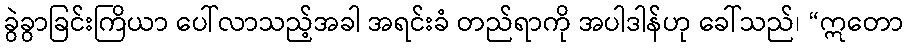
ခွဲခွာခြင်းကြိယာ ပေါ်လာသည့်အခါ အရင်းခံ တည်ရာကို အပါဒါန်ဟု ခေါ်သည်၊ “ဣတော